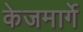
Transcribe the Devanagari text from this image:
केजमार्गे